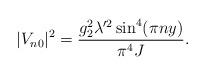
LaTeX: \begin{align*}|V_{n0}|^2 =\frac{g_2^2 \lambda^{\prime 2}\sin^4(\pi ny)}{\pi^4J}.\end{align*}